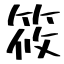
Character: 筱